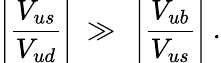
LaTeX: \left|\frac{V_{us}}{V_{ud}}\right|\ \gg\ \left|\frac{V_{ub}}{V_{us}}\right|\ .